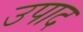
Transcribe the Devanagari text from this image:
उपाद